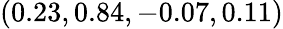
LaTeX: (0.23,0.84,-0.07,0.11)